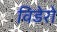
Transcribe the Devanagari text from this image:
विडेरो